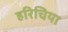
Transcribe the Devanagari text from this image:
हरिचिया